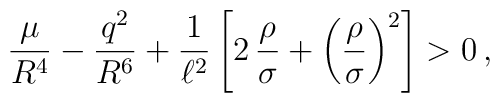
\frac{\mu}{R^4}-\frac{q^2}{R^6}+\frac{1}{\ell^2}\left[2\,\frac{\rho}{\sigma}+\left(\frac{\rho}{\sigma}\right)^2\right]>0\,,